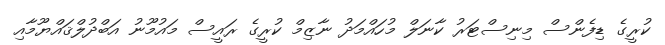
ކުރީގެ ޑިފެންސް މިނިސްޓަރު ކާނަލް މުހައްމަދު ނާޒިމް ކުރީގެ ރައީސް މައުމޫނު އަބްދުލްޤައްޔޫމާއި